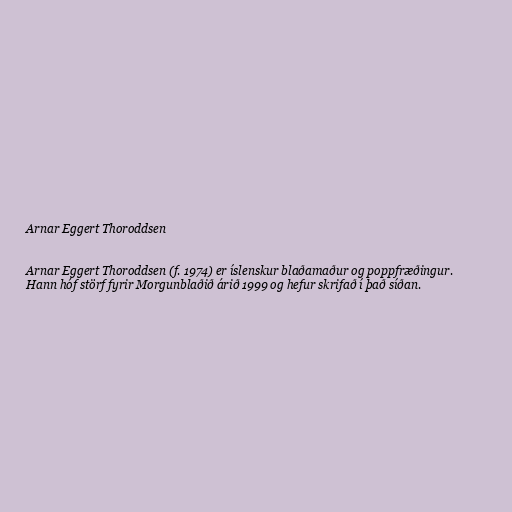
Arnar Eggert Thoroddsen

Arnar Eggert Thoroddsen (f. 1974) er íslenskur blaðamaður og poppfræðingur.
Hann hóf störf fyrir Morgunblaðið árið 1999 og hefur skrifað í það síðan.